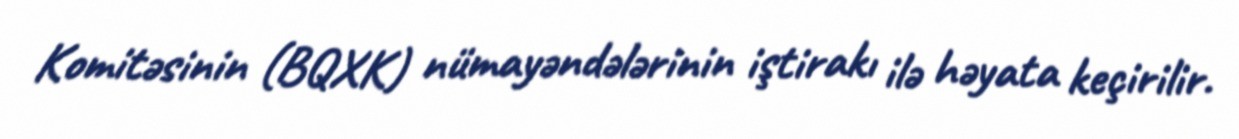
Komitəsinin (BQXK) nümayəndələrinin iştirakı ilə həyata keçirilir.